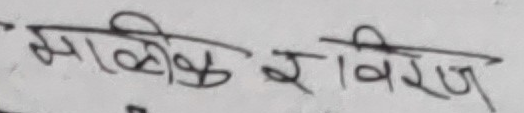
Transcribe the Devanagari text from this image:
मालिक विराज